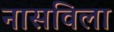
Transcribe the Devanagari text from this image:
नासविला